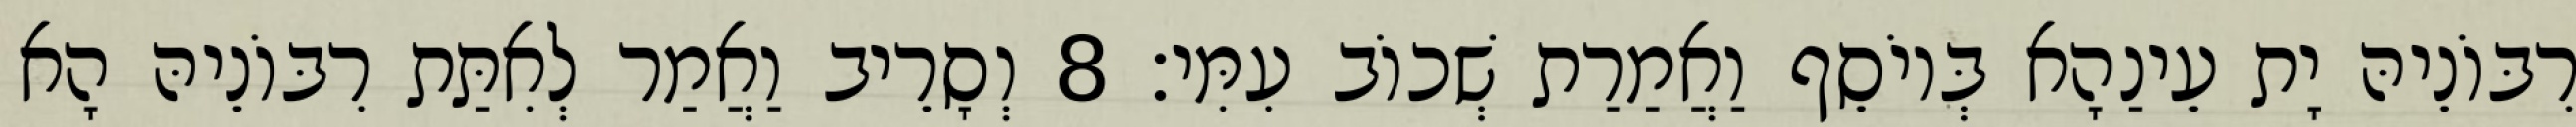
רִבּוֹנֵיהּ יָת עֵינַהָא בְּיוֹסֵף וַאֲמַרַת שְׁכוֹב עִמִּי׃ 8 וְסָרֵיב וַאֲמַר לְאִתַּת רִבּוֹנֵיהּ הָא